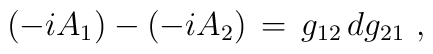
(-iA_1)-(-iA_2)\, =\, g_{12}\, dg_{21} \ ,